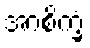
အာစိက္ခံ